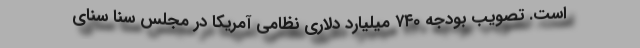
است. تصویب بودجه ۷۴۰ میلیارد دلاری نظامی آمریکا در مجلس سنا سنای